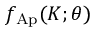
f _ { \mathrm { A p } } ( K ; \theta )